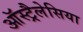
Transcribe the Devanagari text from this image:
ऑस्ट्रैलेसिया